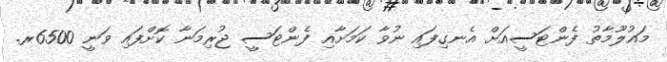
މައުލޫމާތު ފެންޓަސީއަށް އެނގިފައި ނުވާ ކަމަށާއި ފެންޓަސީ ޖުރިމަނާ ކޮށްފައި ވަނީ 6500ރ.